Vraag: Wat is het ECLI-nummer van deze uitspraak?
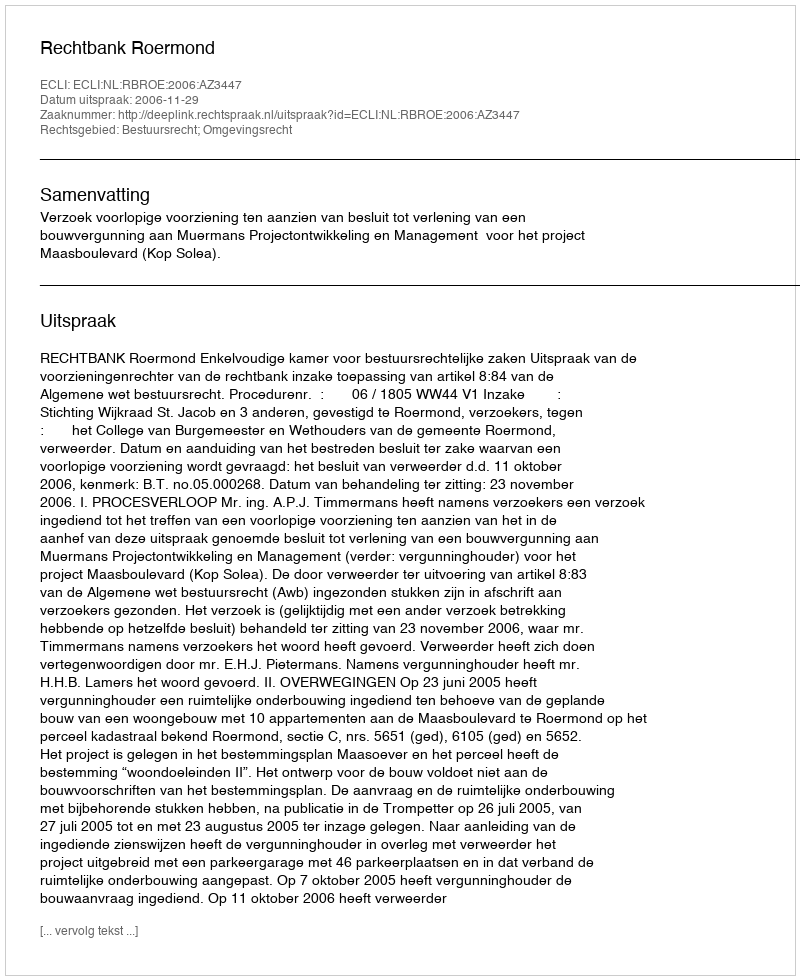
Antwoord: ECLI:NL:RBROE:2006:AZ3447